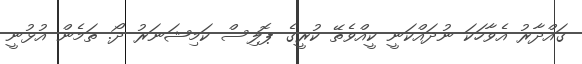
ގައްދާރު އެވާހަކަ ނުދައްކަނީ ކީއްވެތޭ ކުރީގެ ޕޮލިސް ކަމިޝަނަރު ދޯ. ތަމެން އުޅުނީ